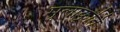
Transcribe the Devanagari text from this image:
मूलाकृति